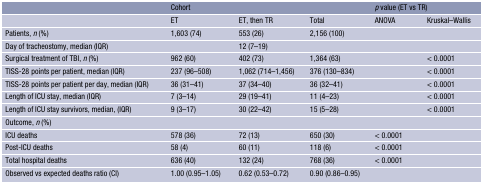
<table><thead><tr><td></td><td colspan="3"><b>Cohort</b></td><td colspan="2"><b><i>p</i> value (ET vs TR)</b></td></tr></thead><tbody><tr><td></td><td>ET</td><td>ET, then TR</td><td>Total</td><td>ANOVA</td><td>Kruskal–Wallis</td></tr><tr><td>Patients, <i>n</i> (%)</td><td>1,603 (74)</td><td>553 (26)</td><td>2,156 (100)</td><td></td><td></td></tr><tr><td>Day of tracheostomy, median (IQR)</td><td></td><td>12 (7–19)</td><td></td><td></td><td></td></tr><tr><td>Surgical treatment of TBI, <i>n</i> (%)</td><td>962 (60)</td><td>402 (73)</td><td>1,364 (63)</td><td></td><td>&lt; 0.0001</td></tr><tr><td>TISS-28 points per patient, median (IQR)</td><td>237 (96–508)</td><td>1,062 (714–1,456)</td><td>376 (130–834)</td><td></td><td>&lt; 0.0001</td></tr><tr><td>TISS-28 points per patient per day, median (IQR)</td><td>36 (31–41)</td><td>37 (34–40)</td><td>36 (32–41)</td><td></td><td>&lt; 0.0001</td></tr><tr><td>Length of ICU stay, median (IQR)</td><td>7 (3–14)</td><td>29 (19–41)</td><td>11 (4–23)</td><td></td><td>&lt; 0.0001</td></tr><tr><td>Length of ICU stay survivors, median, (IQR)</td><td>9 (3–17)</td><td>30 (22–42)</td><td>15 (5–28)</td><td></td><td>&lt; 0.0001</td></tr><tr><td>Outcome, <i>n</i> (%)</td><td></td><td></td><td></td><td></td><td></td></tr><tr><td>ICU deaths</td><td>578 (36)</td><td>72 (13)</td><td>650 (30)</td><td>&lt; 0.0001</td><td></td></tr><tr><td>Post-ICU deaths</td><td>58 (4)</td><td>60 (11)</td><td>118 (6)</td><td>&lt; 0.0001</td><td></td></tr><tr><td>Total hospital deaths</td><td>636 (40)</td><td>132 (24)</td><td>768 (36)</td><td>&lt; 0.0001</td><td></td></tr><tr><td>Observed vs expected deaths ratio (CI)</td><td>1.00 (0.95–1.05)</td><td>0.62 (0.53–0.72)</td><td>0.90 (0.86–0.95)</td><td></td><td></td></tr></tbody></table>